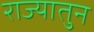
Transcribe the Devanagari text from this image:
राज्यातुन